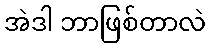
အဲဒါ ဘာဖြစ်တာလဲ